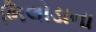
ભિલોડાના